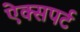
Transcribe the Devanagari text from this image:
ऐक्सपर्ट